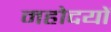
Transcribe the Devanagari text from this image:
महोदयों